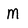
Character: M